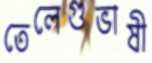
তেলেগুভাষী